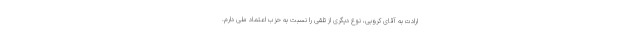
ارادت به آقای کروبی، نوع دیگری از تلقی را نسبت به حزب اعتماد ملی دارم.